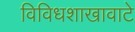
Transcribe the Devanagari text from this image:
विविधशाखावाटे